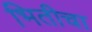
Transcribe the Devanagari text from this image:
भितीचा